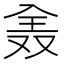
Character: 𠓰